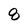
Character: 8